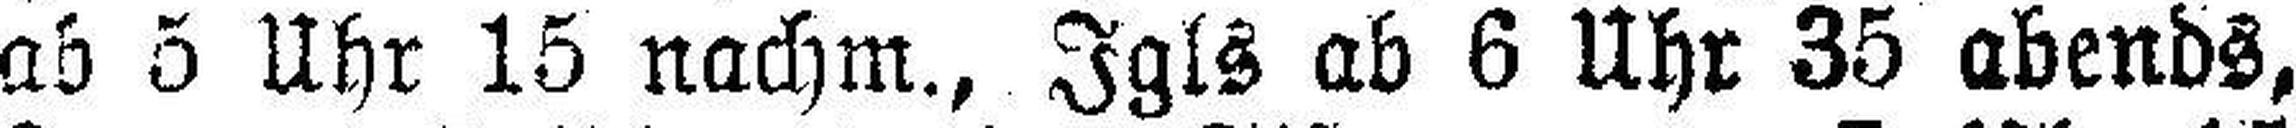
ab 5 Uhr 15 nachm., Igls ab 6 Uhr 35 abends,